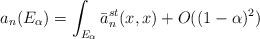
LaTeX: \begin{align*}a_n (E_\alpha )= \int_{E_\alpha} \bar{a}^{st}_n (x,x) +O((1-\alpha)^2)\end{align*}